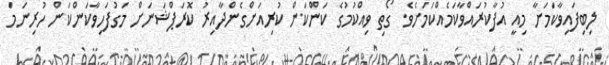
ލިބިފައިވާކަމަށާ މިއީ އުފާކުރައްވާކަމެއްކަމަށެވެ. ގޯތި ވިއްކުމުގެ ކަންކަން ކުރިއަށްގެންދާއިރު ކޮރަޕްޝަނަށް މަގުފަހިވާކަންކަން ހުރިނަމަ